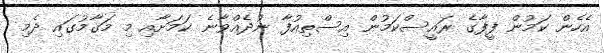
އެހެން ކަމުން ފީފާގެ ރައީސްކަމުން އިސްތިއުފާ ނުދެއްވާނެ ކަމަށާއި މި މަގާމުގައި ދެމި